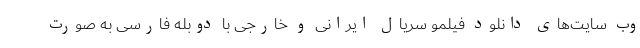
وب سایت‌های دانلود فیلمو سریال ایرانی و خارجی با دوبله فارسی به صورت